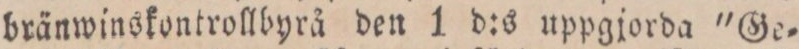
bränwinskontrollbyrå den 1 d:s uppgjorda "Ge=